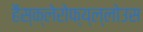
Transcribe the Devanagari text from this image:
हैंस्क्लेरोफ्य्ल्लोउस